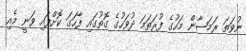
ނުވަތަ ރަމަޟާން މަހުގެ ފުރަތަމަ ދުވަހުގެ ގޮތުގައި ފާހަގަ ކޮށްފައި ވަނީ މެއި